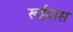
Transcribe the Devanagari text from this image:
रूईदास